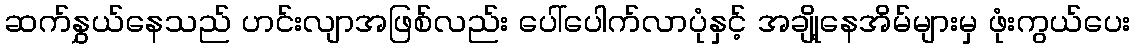
ဆက်နွှယ်နေသည် ဟင်းလျာအဖြစ်လည်း ပေါ်ပေါက်လာပုံနှင့် အချို့နေအိမ်များမှ ဖုံးကွယ်ပေး